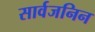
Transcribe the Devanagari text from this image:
सार्वजनिन